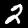
Digit: 2